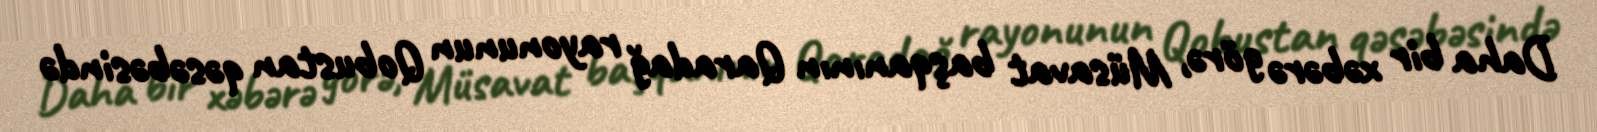
Daha bir xəbərə görə, Müsavat başqanının Qaradağ rayonunun Qobustan qəsəbəsində